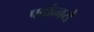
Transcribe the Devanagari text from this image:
पदांन्वये